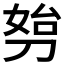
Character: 𠝔